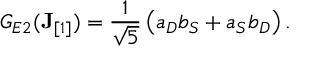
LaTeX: G _ { E 2 } ( { \bf J } _ { [ 1 ] } ) = { \frac { 1 } { \sqrt { 5 } } } \left( a _ { { D } } b _ { { S } } + a _ { { S } } b _ { { D } } \right) .